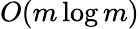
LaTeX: O(m\log m)